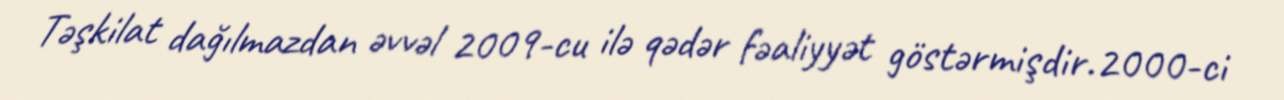
Təşkilat dağılmazdan əvvəl 2009-cu ilə qədər fəaliyyət göstərmişdir.2000-ci